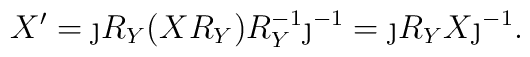
X^\prime = \j R_Y (XR_Y) R_Y^{-1}\j^{-1} = \j R_Y X \j^{-1}.